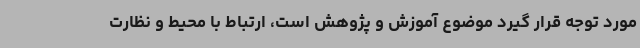
مورد توجه قرار گیرد موضوع آموزش و پژوهش است، ارتباط با محیط و نظارت